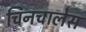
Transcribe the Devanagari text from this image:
चिनचालेस